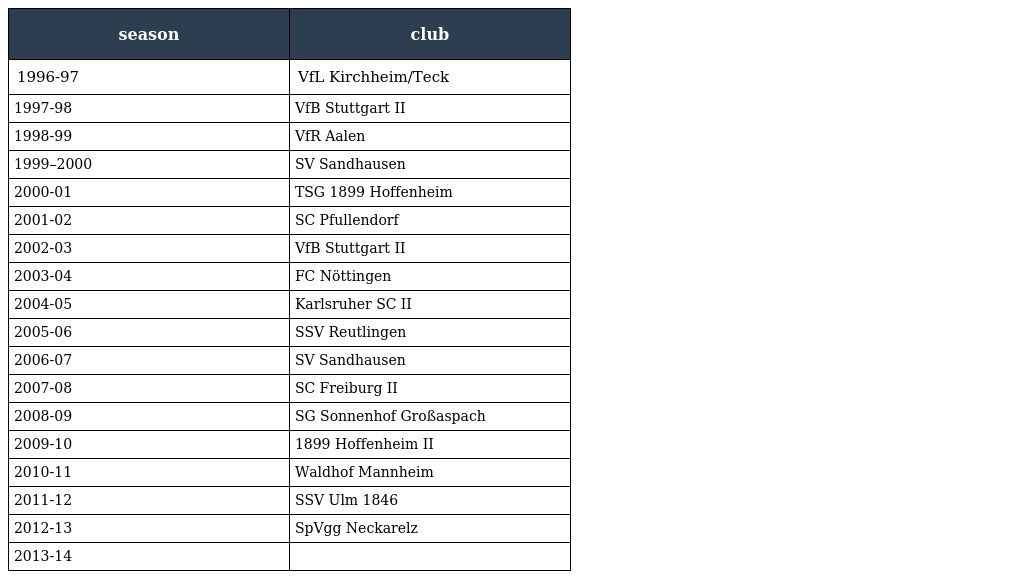
| season | club |
 | --- | --- |
 | 1996-97 | VfL Kirchheim/Teck |
 | 1997-98 | VfB Stuttgart II |
 | 1998-99 | VfR Aalen |
 | 1999–2000 | SV Sandhausen |
 | 2000-01 | TSG 1899 Hoffenheim |
 | 2001-02 | SC Pfullendorf |
 | 2002-03 | VfB Stuttgart II |
 | 2003-04 | FC Nöttingen |
 | 2004-05 | Karlsruher SC II |
 | 2005-06 | SSV Reutlingen |
 | 2006-07 | SV Sandhausen |
 | 2007-08 | SC Freiburg II |
 | 2008-09 | SG Sonnenhof Großaspach |
 | 2009-10 | 1899 Hoffenheim II |
 | 2010-11 | Waldhof Mannheim |
 | 2011-12 | SSV Ulm 1846 |
 | 2012-13 | SpVgg Neckarelz |
 | 2013-14 |  |